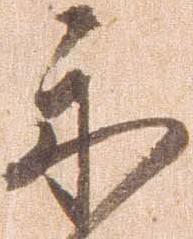
示